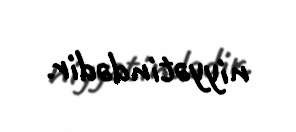
niyyətindədir.